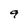
Character: 9